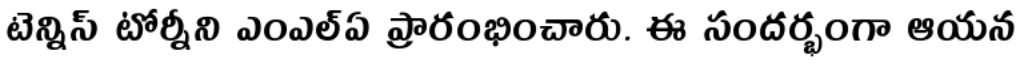
టెన్నిస్ టోర్నీని ఎంఎల్ఏ ప్రారంభించారు. ఈ సందర్భంగా ఆయన